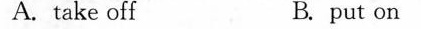
A. take off B. put on